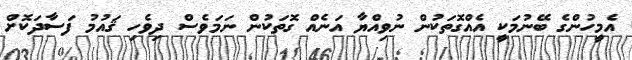
އެމީހުންގެ ބޭނުމަކީ އެއްގޮތަކުން ނުވިއްޔާ އަނެއް ގޮތަކުން ނަމަވެސް ދިވެހި ޤައުމު ފަސާދަކޮށް